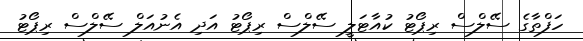
ހަފްތާގެ ސޭލްސް ރިޕޯޓު ކުއާޓަލީ ސޭލްސް ރިޕޯޓު އަދި އެނުއަލް ސޭލްސް ރިޕޯޓު